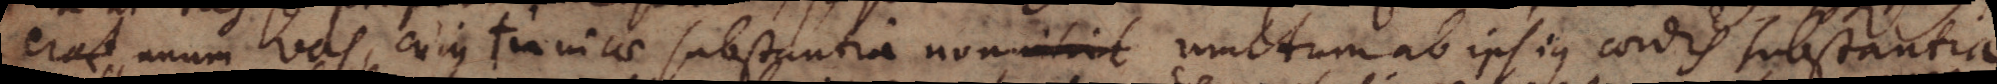
erat unum vas, cujus tunicae substantia non multum ab ipsius cordis substantia